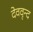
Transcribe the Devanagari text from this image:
देववृन्द